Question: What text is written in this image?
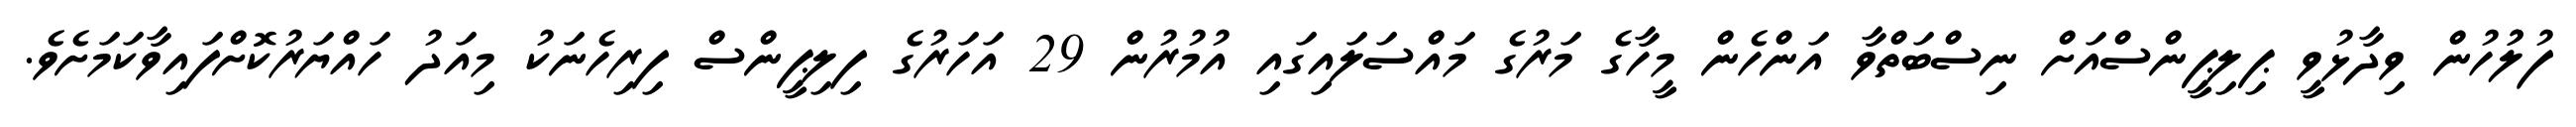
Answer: ފުލުުހުން ވިދާޅުވީ ޕިލިޕީންސްއަށް ނިސްބަތްވާ އަންހެން މީހާގެ މަރުގެ މައްސަލައިގައި އުމުރުން 29 އަހަރުގެ ފިލިޕީންސް ފިރިހެނަކު މިއަދު ހައްޔަރުކޮށްފައިވާކަމަށެވެ.